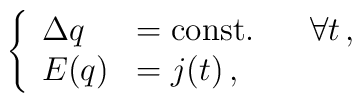
\left\{ \begin{array}{ll}\Delta q  & =  \mbox{const.} \; \; \; \; \; \; \forall t \, , \\E(q)  & = j(t) \, , \end{array}\right.